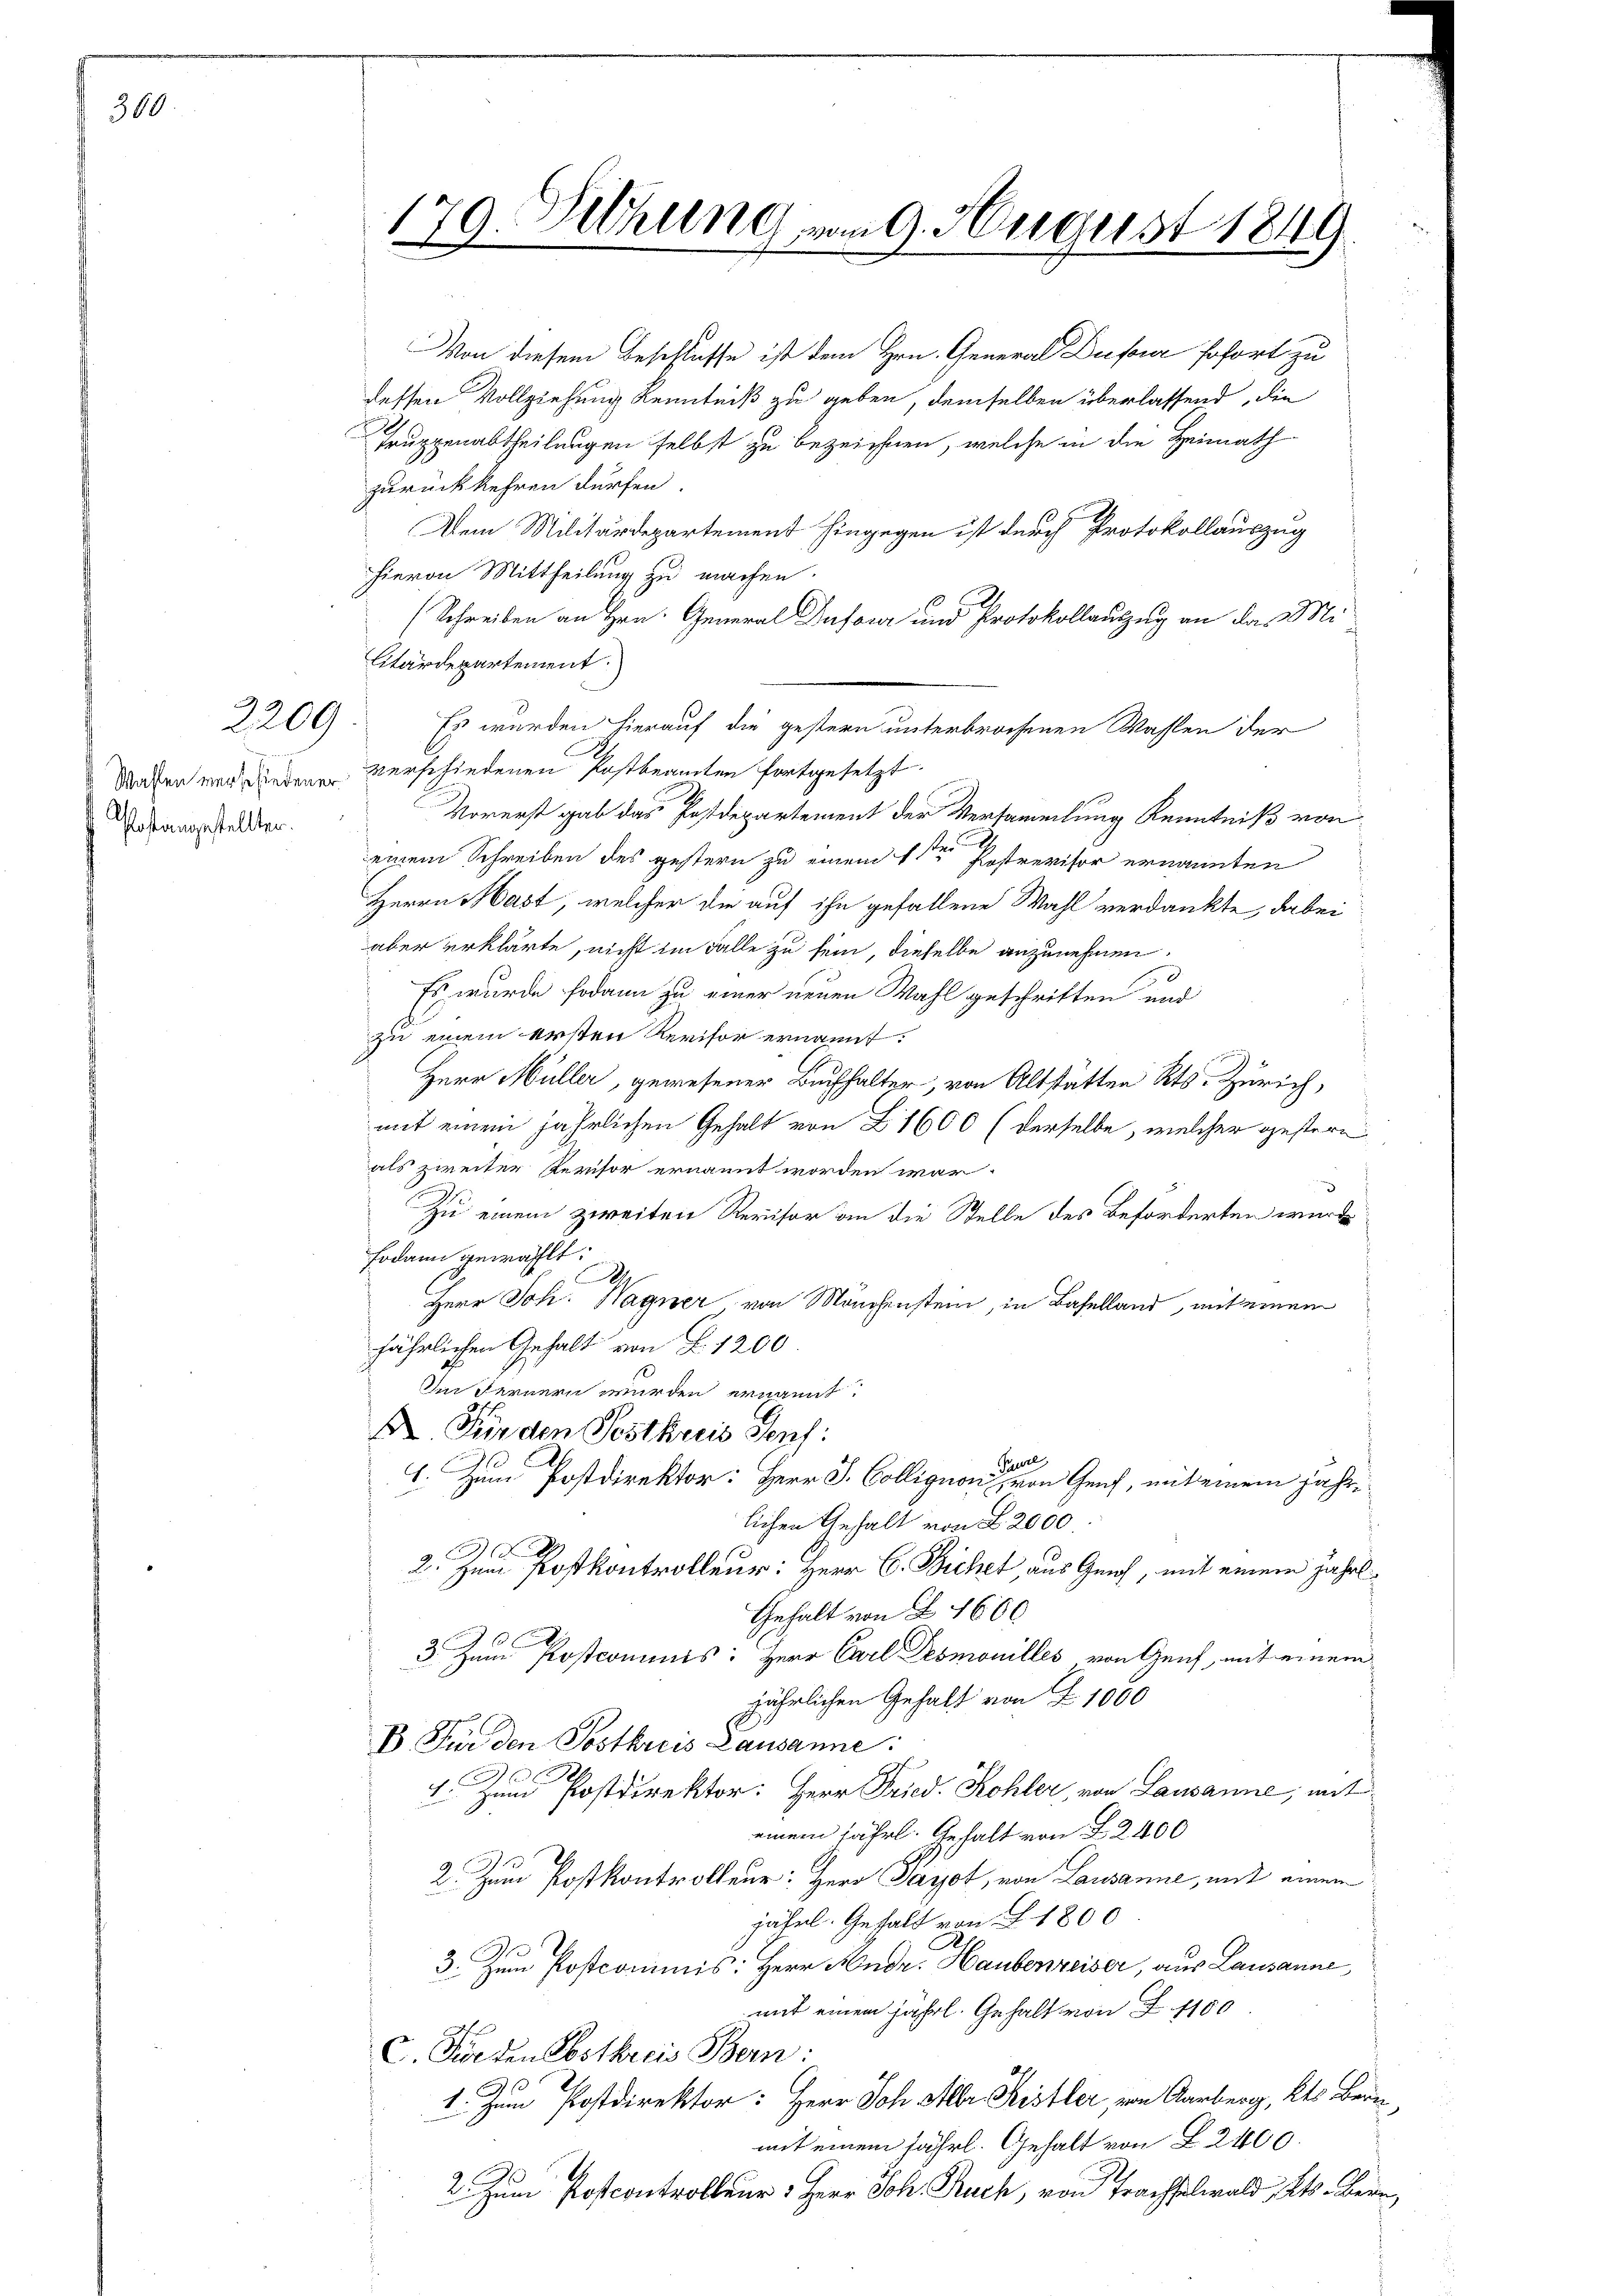
360

2209

Wahlen verschiedener
Postangestellten.

179. Sitzung vom 9. August 1849.

Von diesem Beschlusse ist dem Hrn. General Dufour sofort zu
dessen Vollziehung Kenntniß zu geben, demselben überlassend, die
Truppenabtheilungen selbst zu bezeichnen, welche in die Heimath
zurückkehren dürfen.
Dem Militärdepartement hingegen ist durch Protokollauszug
hievon Mittheilung zu machen.
(Schreiben an Hrn. General Dufour und Protokollauszug an das Militärdepartement.
Es wurden hierauf die gestern unterbrochenen Wassen der
verschiedenen Postbeamten fortgesetzt
Vorerst gab das Postdepartement der Versammlung Kenntniß von
einem Schreiben des gestern zu einem 1sten Postrevisor ernannten
Herrn Hast, welcher die auf ihn gefallene Wahl verdankte, dabei
aber erklärte, nicht im Falle zu sein, dieselbe anzunehmen.
d
Es wurde sodann zu einer neuen Wahl geschriften und
zu einem ersten Revisor ernannt.
Herr Müller, gewesener Buchhalter, von Altstätten Kts. Zürich,
mit einem jährlichen Gehalt von Z. 1600 (derselbe, welcher gestern
als zweiter Persor ernannt worden war.
Zu einem zweiten Revisor an die Stelle des Beforderten würde
sodann gewählt:
B
Herr Joh. Wagner von Mönchenstein, in Baselland, mit einem
jährlichen Gehalt von Z. 1200
Im fernern wurden ernannt.
D. Für den Postkreis Senf:
Feure
I. Zum Postdirektor: Herr J. Colligion von Genf, mit einem jährilichen Gehalt von L 2000
x
2. Zum Postkontrolleur: Herr C. Bichet, aus Genf, mit einem jährl¬
Gehalt von Z. 1600
3. Zum Postcommis: Herr Carl Desmouilles von Genf, mit einem
jährlichen Gehalt von Z. 1000
B Für den Postkreis Lausanne:

1 und Postdirektor: Herr Fried. Kohler, von Lausanne, mit
einem jährl. Gehalt von 22400
2. Zum Postkontrolleur: Herr Payot, von Lausanne, mit einem
jährl. Gehalt von § 1800
2.
3. Zum Postcommis: Herr Andr. Haubenreiser, aus Lausanne
mit einem jährl. Gehalt von Z. 1100
c. Forten Postkreis Bern:
1. Zum Postdirektor: Herr Joh. Mltr. Pistler, von Aarberg, Kts. Bern
mit einem fährl. Gehalt von § 2400.
2. Zum Postcontrolleur Herr Joh. Buch, von Sachselwald, Kt. Bern